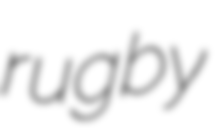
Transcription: rugby